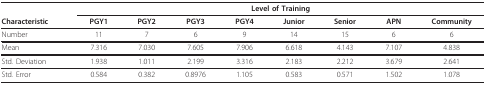
<table><thead><tr><td></td><td colspan="8"><b>Level of Training</b></td></tr><tr><td><b>Characteristic</b></td><td><b>PGY1</b></td><td><b>PGY2</b></td><td><b>PGY3</b></td><td><b>PGY4</b></td><td><b>Junior</b></td><td><b>Senior</b></td><td><b>APN</b></td><td><b>Community</b></td></tr></thead><tbody><tr><td>Number</td><td>11</td><td>7</td><td>6</td><td>9</td><td>14</td><td>15</td><td>6</td><td>6</td></tr><tr><td>Mean</td><td>7.316</td><td>7.030</td><td>7.605</td><td>7.906</td><td>6.618</td><td>4.143</td><td>7.107</td><td>4.838</td></tr><tr><td>Std. Deviation</td><td>1.938</td><td>1.011</td><td>2.199</td><td>3.316</td><td>2.183</td><td>2.212</td><td>3.679</td><td>2.641</td></tr><tr><td>Std. Error</td><td>0.584</td><td>0.382</td><td>0.8976</td><td>1.105</td><td>0.583</td><td>0.571</td><td>1.502</td><td>1.078</td></tr></tbody></table>